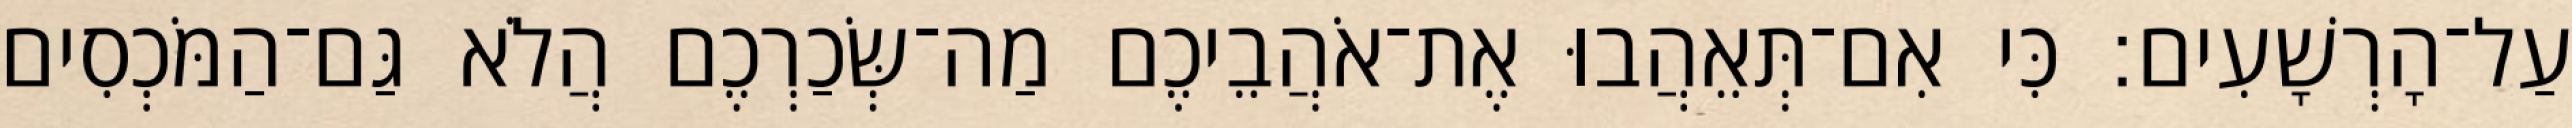
עַל־הָרְשָׁעִים׃ כִּי אִם־תְּאֵהֲבוּ אֶת־אֹהֲבֵיכֶם מַה־שְּׂכַרְכֶם הֲלֹא גַּם־הַמֹּכְסִים